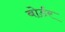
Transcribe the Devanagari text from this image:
बोर्डर